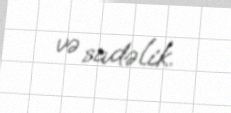
və sadəlik.